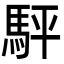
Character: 駍